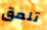
تلعق